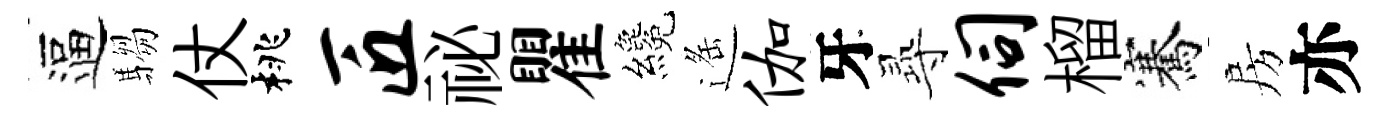
逼騶仗桃匠祕瞿纔遥伽牙𡬶伺榴騫房亦